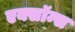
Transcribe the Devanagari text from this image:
एक्सॉन्स